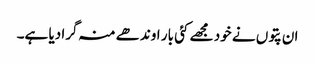
ان پتوں نے خود مجھے کئی بار اوندھے منہ گرا دیا ہے۔